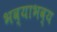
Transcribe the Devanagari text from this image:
भव्याभव्य